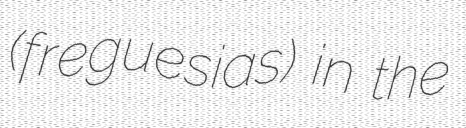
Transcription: (freguesias) in the